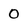
Character: 0